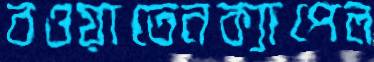
বওয়াতেনক্যাপেল